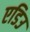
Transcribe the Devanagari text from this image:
एडिउ